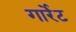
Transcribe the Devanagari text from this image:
गार्रेट